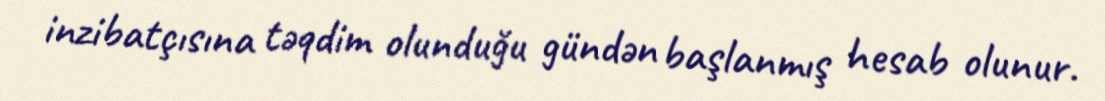
inzibatçısına təqdim olunduğu gündən başlanmış hesab olunur.